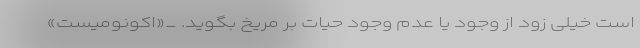
است خیلی زود از وجود یا عدم وجود حیات بر مریخ بگوید. _«اکونومیست»